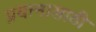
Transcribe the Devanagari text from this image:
प्रयत्‍नासाठी